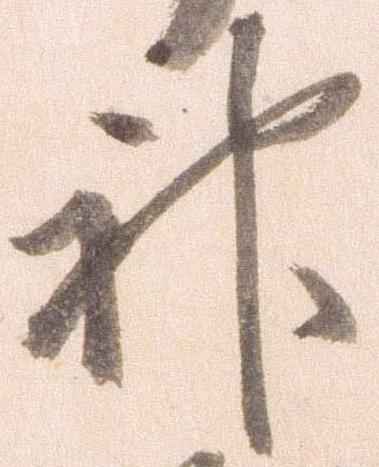
神